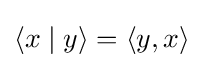
\langle x\mid y\rangle =\langle y,x\rangle